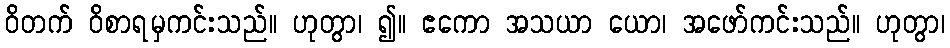
ဝိတက် ဝိစာရမှကင်းသည်။ ဟုတွာ၊ ၍။ ဧကော အသယာ ယော၊ အဖော်ကင်းသည်။ ဟုတွာ၊